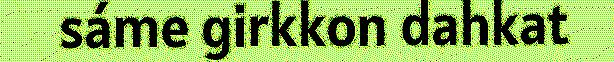
sáme girkkon dahkat